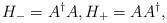
LaTeX: \begin{align*}H_{-} = A^{\dagger}A,H_{+}=AA^{\dagger}, \end{align*}